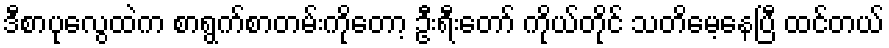
ဒီစာပုလွေထဲက စာရွက်စာတမ်းကိုတော့ ဦးရီးတော် ကိုယ်တိုင် သတိမေ့နေပြီ ထင်တယ်